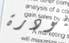
بودرة